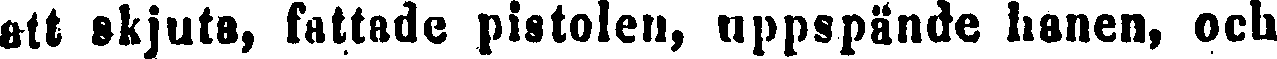
att skjuta, fattade pistolen, uppspände hanen, och